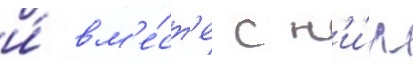
и́ вм'е́ст'е с н'и́м